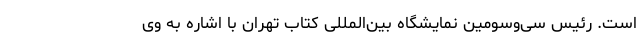
است. رئیس سی‌وسومین نمایشگاه بین‌المللی کتاب تهران با اشاره به وی